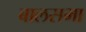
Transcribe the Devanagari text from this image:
बालसभा